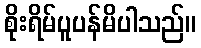
စိုးရိမ်ပူပန်မိပါသည်။